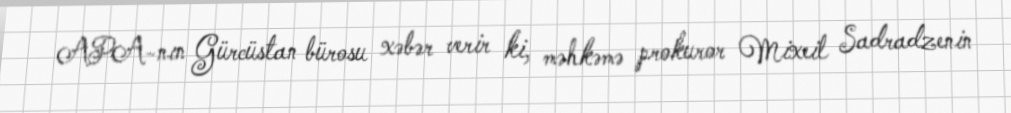
APA-nın Gürcüstan bürosu xəbər verir ki, məhkəmə prokuror Mixeil Sadradzenin